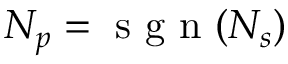
N _ { p } = \mathrm { ~ s ~ g ~ n ~ } ( N _ { s } )